Report of the King Institute of Preventive Medicine, Guindy
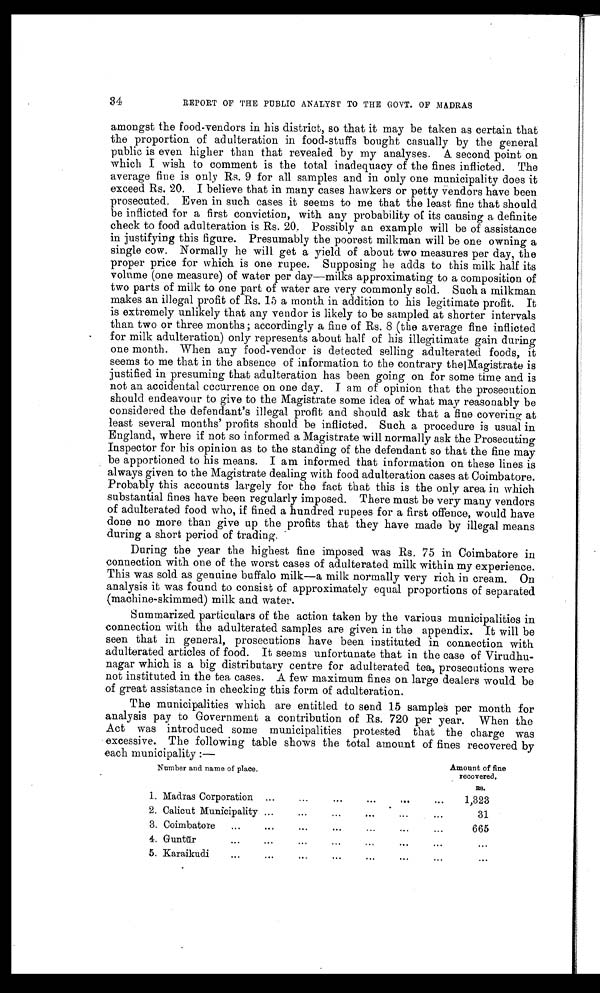
34
REPORT OF THE PUBLIC ANALYST TO THE GOVT. OF MADRAS
amongst the food-vendors in his district, so that it may be taken as certain that
the proportion of adulteration in food-stuffs bought casually by the general
public is even higher than that revealed by my analyses. A. second point on
which I wish to comment is the total inadequacy of the fines inflicted. The
average fine is only Rs. 9 for all samples and in only one municipality does it
exceed Rs. 20. I believe that in many cases hawkers or petty vendors have been
prosecuted. Even in such cases it seems to me that the least fine that should
be inflicted for a first conviction, with any probability of its causing a definite
check to food adulteration is Rs. 20. Possibly an example will be of assistance
in justifying this figure. Presumably the poorest milkman will be one owning a
single cow. Normally he will get a yield of about two measures per day, the
proper price for which is one rupee. Supposing he adds to this milk half its
volume (one measure) of water per day—milks approximating to a composition of
two parts of milk to one part of water are very commonly sold. Such a milkman
makes an illegal profit of Rs. 15 a month in addition to his legitimate profit. It
is extremely unlikely that any vendor is likely to be sampled at shorter intervals
than two or three months ; accordingly a fine of Rs. 8 (the average fine inflicted
for milk adulteration) only represents about half of his illegitimate gain during
one month. When any food-vendor is detected selling adulterated foods, it
seems to me that in the absence of information to the contrary the|Magistrate is
justified in presuming that adulteration has been going on for some time and is
not an accidental cccurrence on one day. I am of opinion that the prosecution
should endeavour to give to the Magistrate some idea of what may reasonably be
considered the defendant's illegal profit and should ask that a fine covering at
least several months' profits should be inflicted. Such a procedure is usual in
England, where if not so informed a Magistrate will normally ask the Prosecuting
Inspector for his opinion as to the standing of the defendant so that the fine may
be apportioned to his means. I am informed that information on these lines is
always given to the Magistrate dealing with food adulteration cases at Coimbatore.
Probably this accounts largely for the fact that this is the only area in which
substantial fines have been regularly imposed. There must be very many vendors
of adulterated food who, if fined a hundred rupees for a first offence, would have
done no more than give up the profits that they have made by illegal means
during a short period of trading.
During the year the highest fine imposed was Rs. 75 in Coimbatore in
connection with one of the worst cases of adulterated milk within my experience.
This was sold as genuine buffalo milk—a milk normally very rich in cream. On
analysis it was found to consist of approximately equal proportions of separated
(machine-skimmed) milk and water.
Summarized particulars of the action taken by the various municipalities in
connection with the adulterated samples are given in the appendix. It will be
seen that in general, prosecutions have been instituted in connection with
adulterated articles of food. It seems unfortunate that in the case of Virudhu-
nagar which is a big distributary centre for adulterated tea, prosecutions were
not instituted in the tea cases. A few maximum fines on large dealers would be
of great assistance in checking this form of adulteration.
The municipalities which are entitled to send 15 samples per month for
analysis pay to Government a contribution of Rs. 720 per year. When the
Act was introduced some municipalities protested that the charge was
excessive. The following table shows the total amount of fines recovered by
each municipality :—
Number and name of place.
Amount of fine
recovered.
R s .
1. Madras Corporation . . .
1,323
2. Calicut Municipality . . .
31
3 . C o i m b a t o r e . . .
665
4. Guntur
.
.
.
. . .
5. Karaikudi . . .
. . .